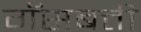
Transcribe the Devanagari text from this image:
गॅसबत्ती